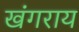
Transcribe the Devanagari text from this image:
खंगराय